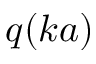
q ( k a )